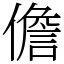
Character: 儋